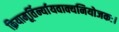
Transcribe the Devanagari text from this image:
क्रियामूर्तिर्न्यायवाक्यनियोजकः।